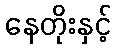
နေတိုးနှင့်